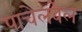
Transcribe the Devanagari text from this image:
पाचेलबेल